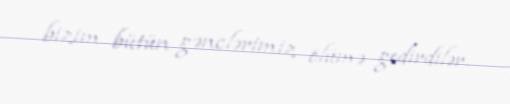
bizim bütün gənclərimiz ölümə gedirdilər.